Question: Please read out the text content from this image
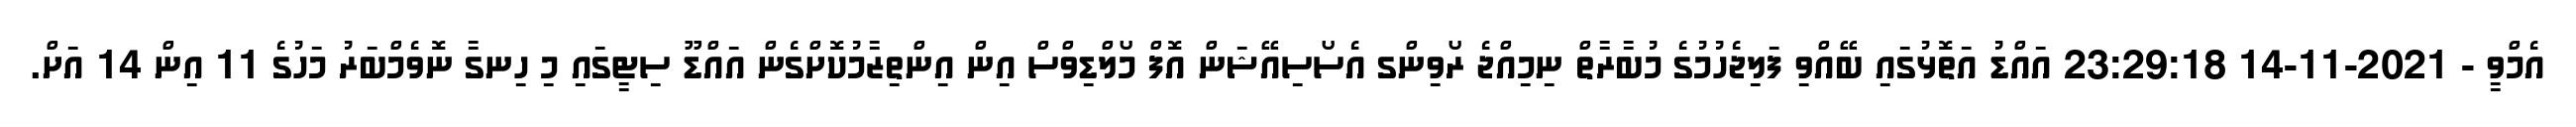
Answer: އެމްވީ - 2021-11-14 23:29:18 އައްޑު އަތޮޅުގައި ބޭއްވި ފަލިޖެހުމުގެ މުބާރާތް ނިމިއްޖެ ރޯވިންގ އެސޯސިއޭޝަން އޮފް މޯލްޑިވްސް އިން އިންތިޒާމުކޮށްގެން އައްޑޫ ސިޓީގައި މި ހިނގާ ނޮވެމްބަރު މަހުގެ 11 އިން 14 އަށް.